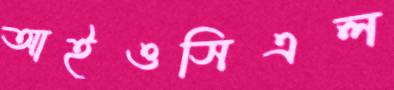
আইওসিএল